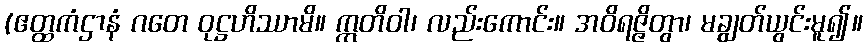
(ဧတ္ထကံဌာနံ ဂတေ ဝုဋ္ဌဟိဿာမိ။ ဣတိဝါ၊ လည်းကောင်း။ အဝိရဇ္ဇိတွာ၊ မချွတ်ယွင်းမူ၍။